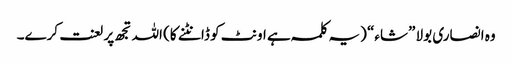
وہ انصاری بولا ”شاء“ (یہ کلمہ ہے اونٹ کو ڈانٹنے کا) اللہ تجھ پر لعنت کرے۔